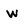
Character: w